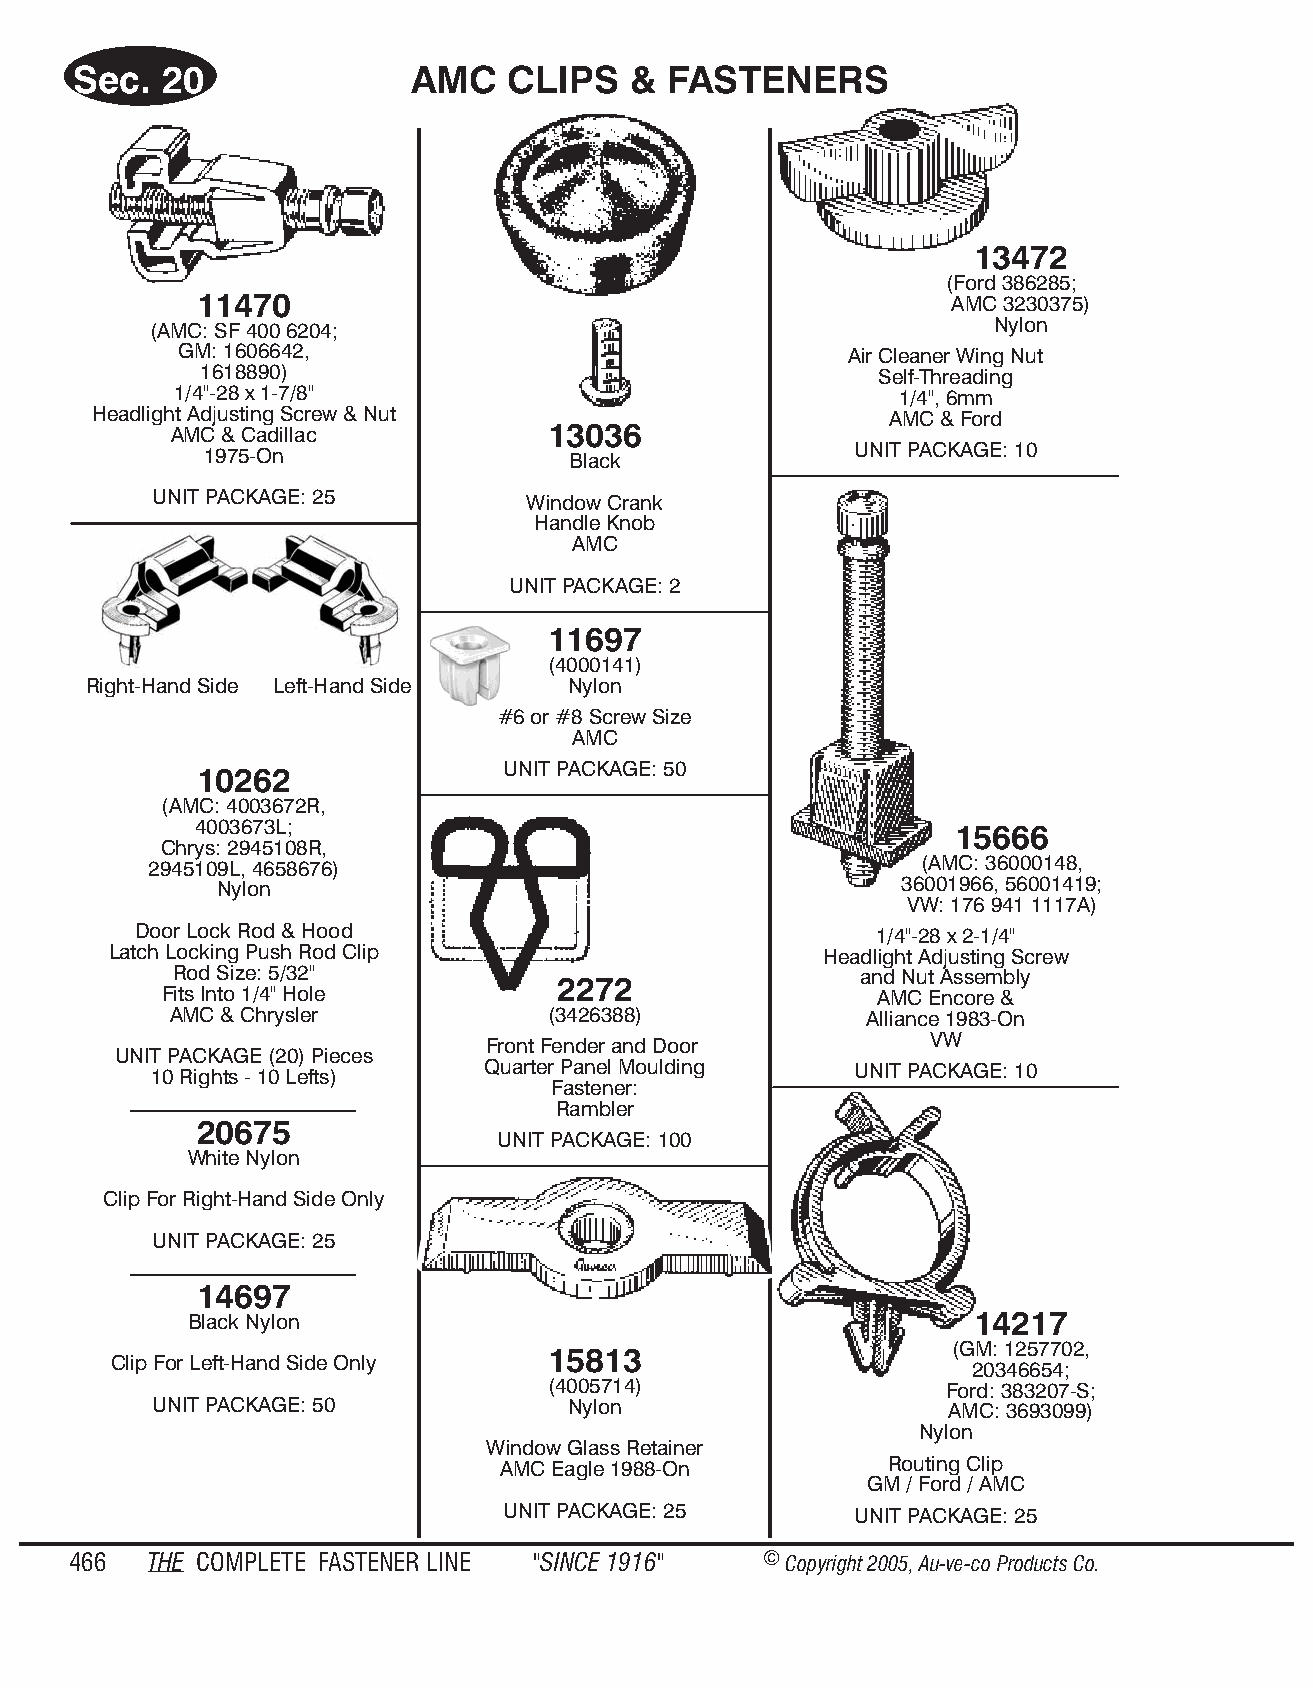
Sec.  20              AMC    CLIPS   & FAS  TE NERS
 13472
 (Ford 386285;
 11470                                             AMC 3230375)
 (AMC: SF 400 6204;                                      Nylon
 GM: 1606642,                                Air Cleaner Wing Nut
 1618890)                                     Self-Threading
 1/4"-28 x 1-7/8"                                1/4", 6mm
 Headlight Adjusting Screw & Nut                      AMC & Ford
 AMC & Cadillac          13036
 1975-On                 Black              UNIT PACKAGE: 10
 UNIT PACKAGE: 25         Window Crank
 Handle Knob
 AMC
 UNIT PACKAGE: 2
 11697
 (4000141)
 Right-Hand Side Left-Hand Side  Nylon
 #6 or #8 Screw Size
 AMC
 UNIT PACKAGE: 50
 10262
 (AMC: 4003672R,
 4003673L;                                         15666
 Chrys: 2945108R,
 2945109L, 4658676)                                 (AMC: 36000148,
 Nylon                                        36001966, 56001419;
 VW: 176 941 1117A)
 Door Lock Rod & Hood                             1/4"-28 x 2-1/4"
 Latch Locking Push Rod Clip                     Headlight Adjusting Screw
 Rod Size: 5/32"                              and Nut Assembly
 2272
 Fits Into 1/4" Hole                            AMC Encore &
 AMC & Chrysler           (3426388)             Alliance 1983-On
 Front Fender and Door         VW
 UNIT PACKAGE (20) Pieces
 10 Rights - 10 Lefts) Quarter Panel Moulding   UNIT PACKAGE: 10
 Fastener:
 Rambler
 20675
 UNIT PACKAGE: 100
 White Nylon
 Clip For Right-Hand Side Only
 UNIT PACKAGE: 25
 14697
 Black Nylon                                         14217
 (GM: 1257702,
 15813
 Clip For Left-Hand Side Only
 20346654;
 (4005714)                  Ford: 383207-S;
 UNIT PACKAGE: 50            Nylon                    AMC: 3693099)
 Nylon
 Window Glass Retainer
 AMC Eagle 1988-On         Routing Clip
 GM / Ford / AMC
 UNIT PACKAGE: 25       UNIT PACKAGE: 25
 466  THE COM PLETE FAST ENER LINE "SINCE 1916" © Copyr ight 2005, Au-ve-co Produ cts Co.